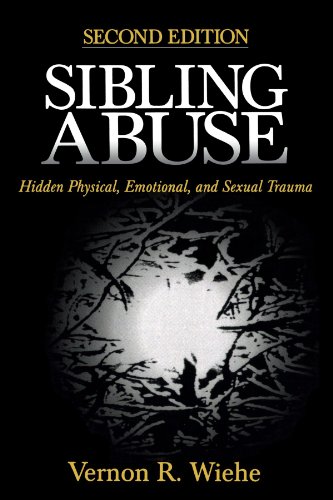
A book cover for Sibling Abuse: Hidden Physical, Emotional, and Sexual Trauma; Vernon R. Wiehe; Politics & Social Sciences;